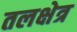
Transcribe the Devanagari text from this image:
तलक्षेत्र